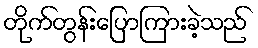
တိုက်တွန်းပြောကြားခဲ့သည်